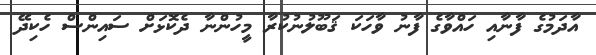
އާދަމުގެ ފާނާއި ހައްވާގެ ފާނު ވާހަކަ ޤަބޫލުނުކުރާ މީހުންނާ ދެކޮޅަށް ސައިންސް ހެކިދޭ